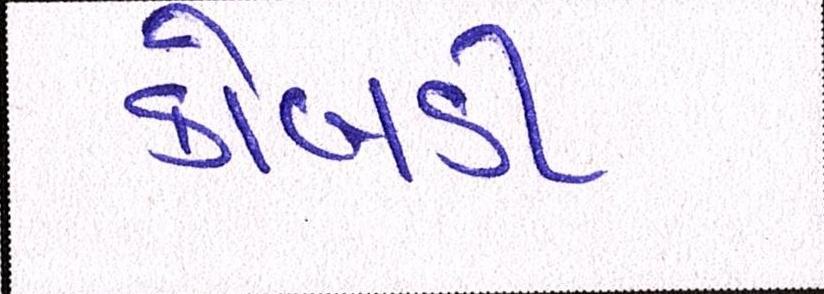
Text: કોબડી